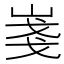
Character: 𡸚